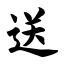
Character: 送